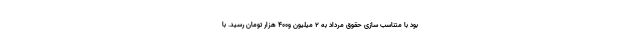
بود با متناسب سازی حقوق مرداد به ۲ میلیون و۴۰۰ هزار تومان رسید. با